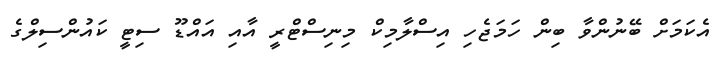
އެކަމަށް ބޭނުންވާ ބިން ހަމަޖެހި އިސްލާމިކް މިނިސްޓްރީ އާއި އައްޑޫ ސިޓީ ކައުންސިލްގެ